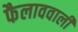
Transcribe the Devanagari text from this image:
फैलाववाली